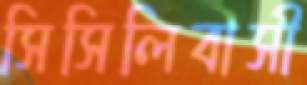
সিসিলিবাসী